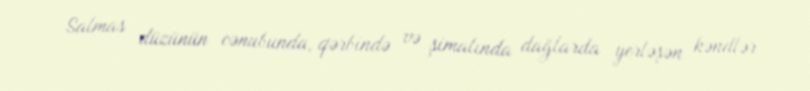
Salmas düzünün cənubunda, qərbində və şimalında dağlarda yerləşən kəndlər